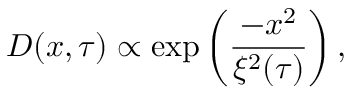
D ( x , \tau ) \propto \exp \left( \frac { - x ^ { 2 } } { \xi ^ { 2 } ( \tau ) } \right) ,